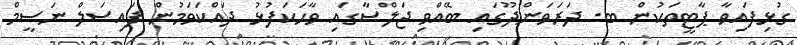
ގުޅިފައިވާ ޕާޓީތަކުން ބ. ދަރަވަންދޫގައި ބޭއްވި ޖަލްސާގައި ވާހަކަފުޅު ދައްކަވަމުން ފައިސަލް ނަސީމް